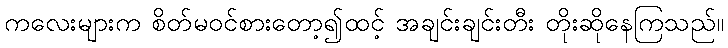
ကလေးများက စိတ်မဝင်စားတော့၍ထင့် အချင်းချင်းတီး တိုးဆိုနေကြသည်။